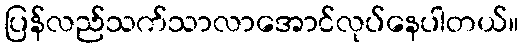
ပြန်လည်သက်သာလာအောင်လုပ်နေပါတယ်။